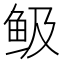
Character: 𩽹